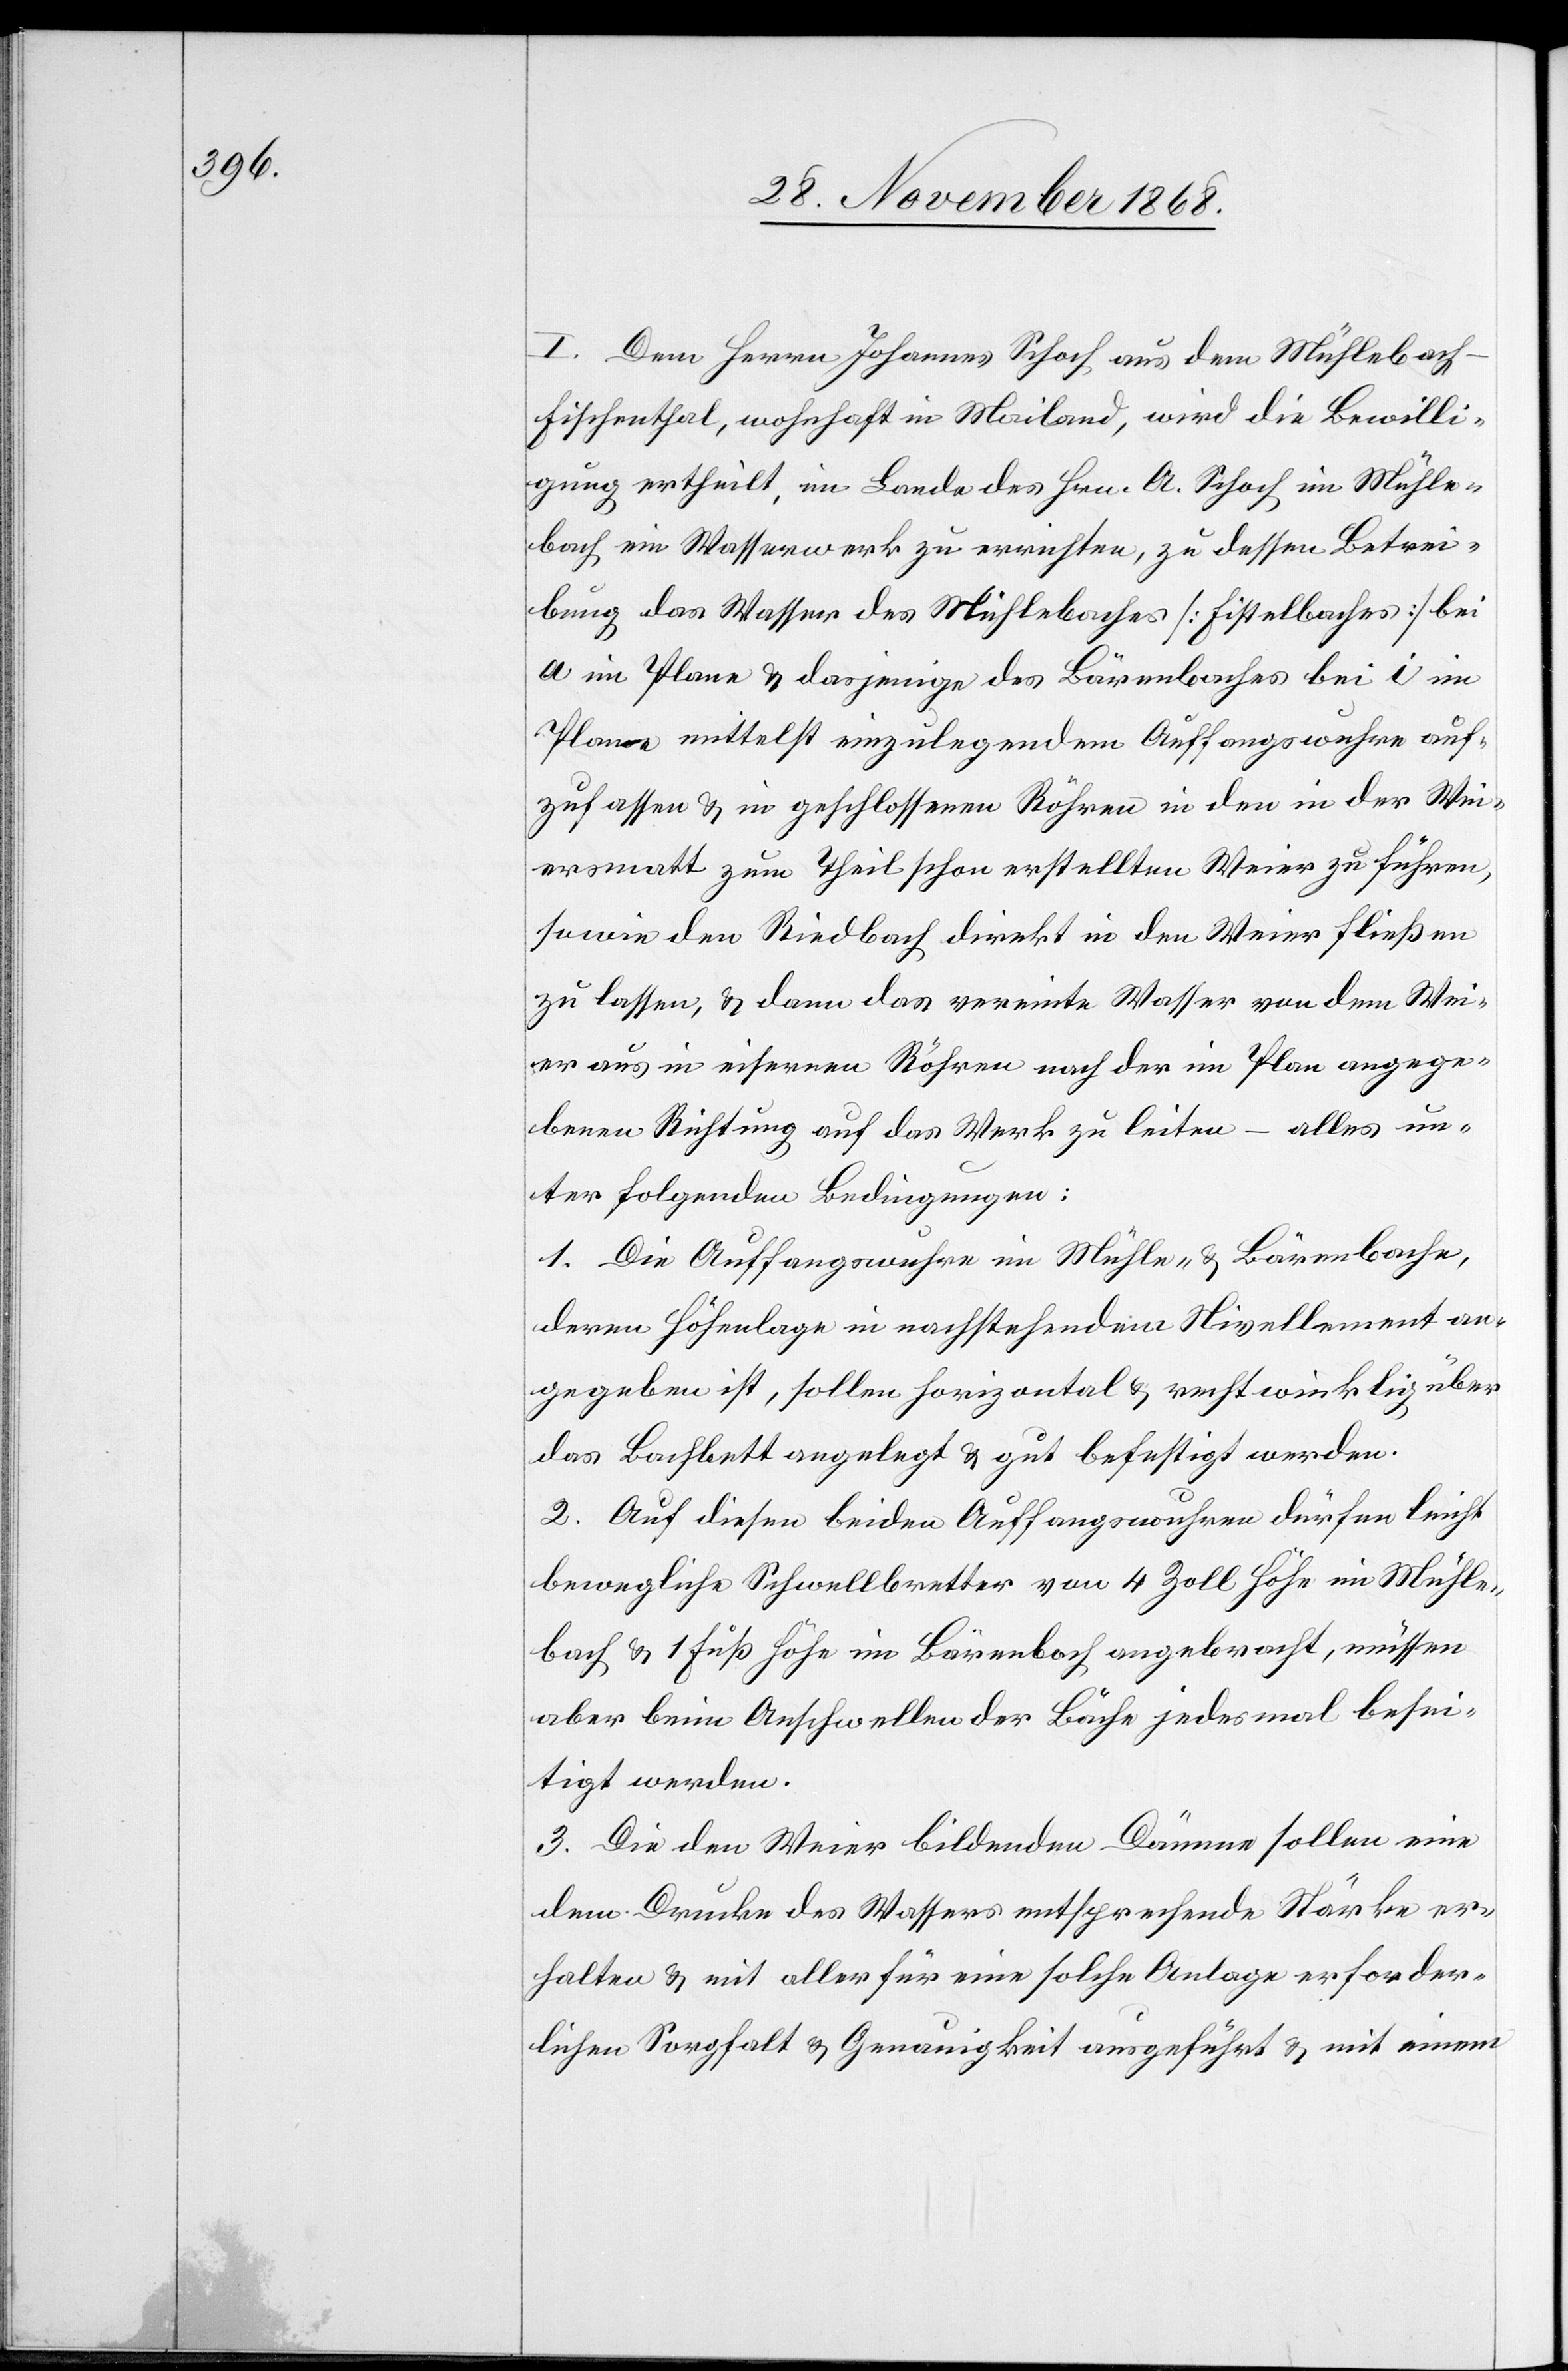
I. Dem Herrn Johannes Schoch aus dem Mühlebach
Fischenthal, wohnhaft in Mailand, wird die Bewilli¬
gung ertheilt, im Lande des Hrn. A. Schoch im Mühle¬
bach ein Wasserwerk zu errichten, zu dessen Betrei¬
bung das Wasser des Mühlebaches [Fistelbaches] bei
a im Plane & dasjenige des Bärenbaches bei i im
Plane mittelst einzulegendem Auffangswuhre auf¬
zufassen & in geschlossenen Röhren in den in der Wei¬
ersmatt zum Theil schon erstellten Weier zu führen,
sowie den Riedbach direkt in den Weier fließen
zu lassen, & dann das vereinte Wasser von dem Wei¬
er aus in eisernen Röhren nach der im Plan angege¬
benen Richtung auf das Werk zu leiten – alles un¬
ter folgenden Bedingungen:
1. Die Auffangswuhre im Mühle- & Bärenbache,
deren Höhenlage in nachstehendem Nivellement an¬
gegeben ist, sollen horizontal & rechtwinklig über
das Bachbett angelegt & gut befestigt werden.
2. Auf diesen beiden Auffangswuhren dürfen leicht
bewegliche Schwellbretter von 4 Zoll Höhe im Mühle¬
bach & 1 Fuß Höhe im Bärenbach angebracht, müssen
aber beim Anschwellen der Bäche jedesmal besei¬
tigt werden.
3. Die den Weier bildenden Dämme sollen eine
dem Drucke des Wassers entsprechende Stärke er¬
halten & mit aller für eine solche Anlage erforder¬
lichen Sorgfalt & Genauigkeit ausgeführt & mit einem